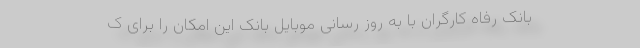
بانک رفاه کارگران با به روز رسانی موبایل بانک این امکان را برای ک